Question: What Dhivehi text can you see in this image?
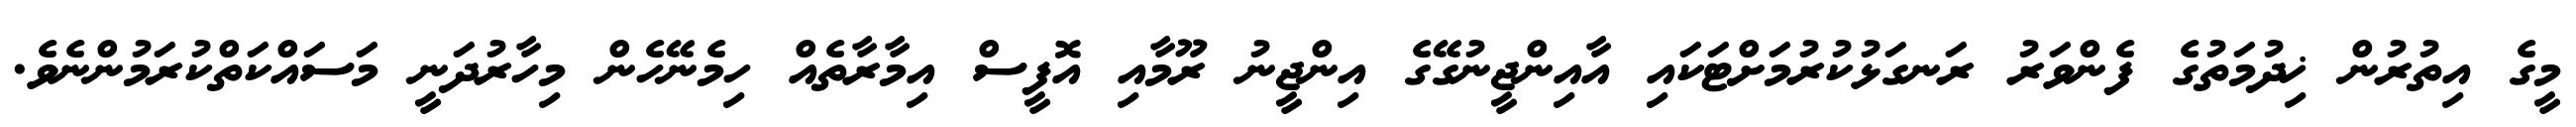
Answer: މީގެ އިތުރުން ޚިދުމަތުގެ ފެންވަރު ރަނގަޅުކުރުމަށްޓަކައި އާއިންޖީނުގޭގެ އިންޖީނު ރޫމާއި އޮފީސް އިމާރާތެއް ހިމެނޭހެން މިހާރުދަނީ މަސައްކަތްކުރަމުންނެވެ.